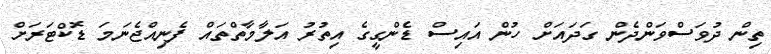
ތިން ދުވަސްވަންދެން ގަދައަށް ހުން އައިސް ޑެންގީގެ އިތުރު އަލާމާތްތައް ފެނިއްޖެނަމަ ޑޮކްޓަރަށް